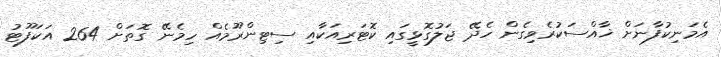
އެމަނިކުފާނަށް ޚާއްސަކުރެވިގެން ހެދޭ ޖަލުގޮޅީގައި ކޮޓަރިއަކާއި ސިޓިންރޫމެއް ހިމެނޭ ގޮތަށް 264 އަކަފޫޓު